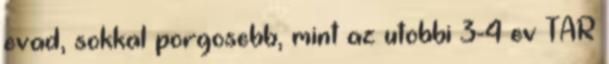
evad, sokkal porgosebb, mint az utobbi 3-4 ev TAR